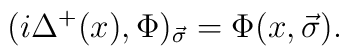
(i \Delta^{+}(x), \Phi)_{\vec{\sigma}} = \Phi(x, \vec{\sigma}).